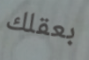
بعقلك